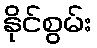
နိုင်စွမ်း